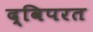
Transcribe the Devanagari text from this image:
द्विपरत